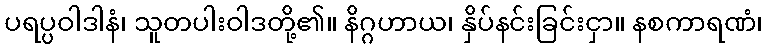
ပရပ္ပဝါဒါနံ၊ သူတပါးဝါဒတို့၏။ နိဂ္ဂဟာယ၊ နှိပ်နင်းခြင်းငှာ။ နစကာရဏံ၊